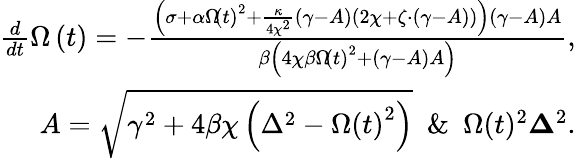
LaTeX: \begin{array}{r}{\frac{d}{dt}\Omega\left(t\right)=-\frac{\left(\sigma+\alpha\Omega\! \left(t\right)^{2}+\frac{\kappa}{4\chi^{2}}\left(\gamma-A\right)\left(2\chi+\zeta\cdot\left(\gamma-A\right)\right)\right)\left(\gamma-A\right)A}{\beta\left(4\chi\beta\Omega\! \left(t\right)^{2}+\left(\gamma-A\right)A\right)},}\\ {A=\sqrt{\gamma^{2}+4\beta\chi\left(\Delta^{2}-\Omega\left(t\right)^{2}\right)}\ \ \& \ \ \Omega(t)^{2}\le\Delta^{2}.}\end{array}